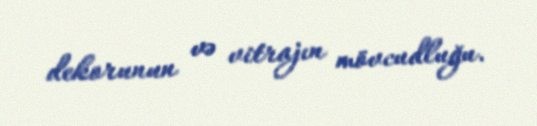
dekorunun və vitrajın mövcudluğu.